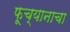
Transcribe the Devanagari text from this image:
फूच्यानाचा